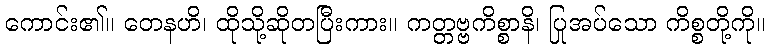
ကောင်း၏။ တေနဟိ၊ ထိုသို့ဆိုတပြီးကား။ ကတ္တဗ္ဗကိစ္စာနိ၊ ပြုအပ်သော ကိစ္စတို့ကို။